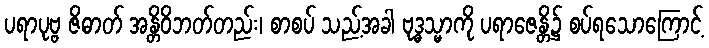
ပရာပုဗ္ဗ ဇိဓာတ် အန္တိဝိဘတ်တည်း၊ စာစပ် သည့်အခါ ဗုဒ္ဓသ္မာကို ပရာဇေန္တိ၌ စပ်ရသောကြောင့်